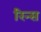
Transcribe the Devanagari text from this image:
रिन्स